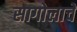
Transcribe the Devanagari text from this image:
सागोलाचे